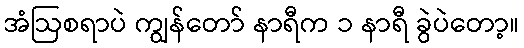
အံဩစရာပဲ ကျွန်တော် နာရီက ၁ နာရီ ခွဲပဲတော့။